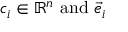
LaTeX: c _ { i } \in \mathbb { R } ^ { n } { \mathrm { ~ a n d ~ } } { \vec { e } } _ { i }